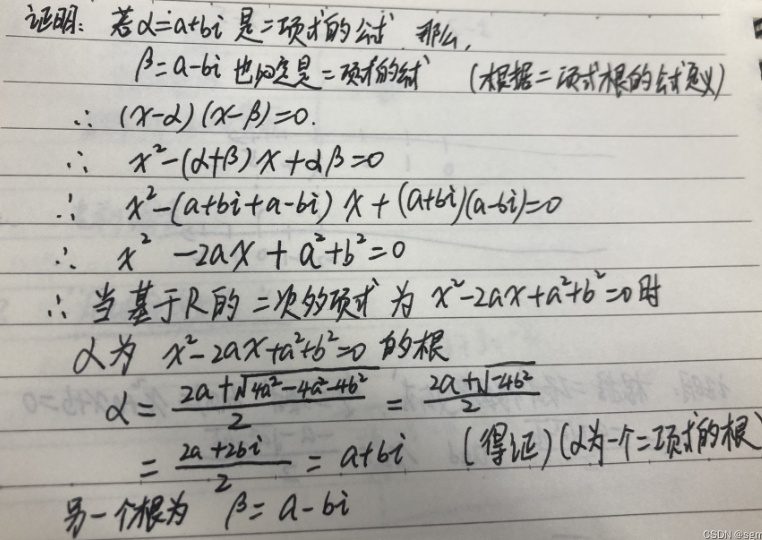
证明：若 \(\alpha = a + bi\) 是二项式的根，那么，\(\beta = a - bi\) 也必定是二项式的根（根据二项式根的共轭性）。
\(\therefore (x - \alpha)(x - \beta)=0\)
\(\therefore x^{2}-(\alpha+\beta)x+\alpha\beta = 0\)
\(\therefore x^{2}-(a + bi+a - bi)x+(a + bi)(a - bi)=0\)
\(\therefore x^{2}-2ax + a^{2}+b^{2}=0\)
\(\therefore\) 当基于 \(\mathbb{R}\) 的二次多项式为 \(x^{2}-2ax + a^{2}+b^{2}=0\) 时，\(\alpha\) 为 \(x^{2}-2ax + a^{2}+b^{2}=0\) 的根。
\(\alpha=\frac{2a\pm\sqrt{4a^{2}-4a^{2}-4b^{2}}}{2}=\frac{2a\pm\sqrt{- 4b^{2}}}{2}\)
\(=\frac{2a\pm2bi}{2}=a\pm bi\)（得证）（\(\alpha\) 为一个二项式的根），另一个根为 \(\beta = a - bi\)。